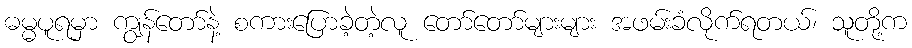
ဓမ္မပူရမှာ ကျွန်တော်နဲ့ စကားပြောခဲ့တဲ့လူ တော်တော်များများ အဖမ်းခံလိုက်ရတယ်၊ သူတို့က